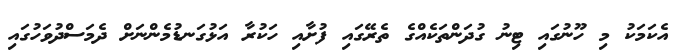
އެކަމަކު މި ހޫނުގައި ޓިނު ގުދަންތަކެއްގެ ތެރޭގައި ފުށާއި ހަކުރާ އަޅުގަނޑުމެންނަށް ދެމަސްދުވަހުގައި